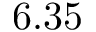
6 . 3 5